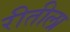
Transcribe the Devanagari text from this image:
रीतीला